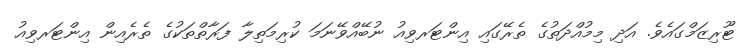
ޓޫރިޒަމްގައެވެ. އަދި މިމުއްދަތުގެ ތެރޭގައި އިންޓަރވިއު ނުބޭއްވޭނަމަ ކުރިމަތިލާ ފަރާތްތަކުގެ ތެރެއިން އިންޓަރވިއު